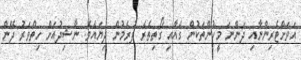
އަވަށްޓެރިންނާއި ދަންނަ މީހުންތަކުން ގެއާއި ގޯތިތެރެ ފުރެމުން ދިޔައެވެ. ނާޝިދުއަށް ހިތްވަރު ދޭން